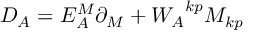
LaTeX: D _ { A } = E _ { A } ^ { M } \partial _ { M } + { W _ { A } } ^ { k p } M _ { k p }